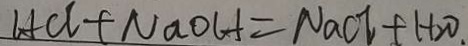
H C l + N a O H = N a C l + H _ { 2 } O